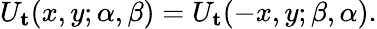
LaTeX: \begin{array}{r}{U_{\mathbf{t}}(x,y;\alpha,\beta)=U_{\mathbf{t}}(-x,y;\beta,\alpha).}\end{array}